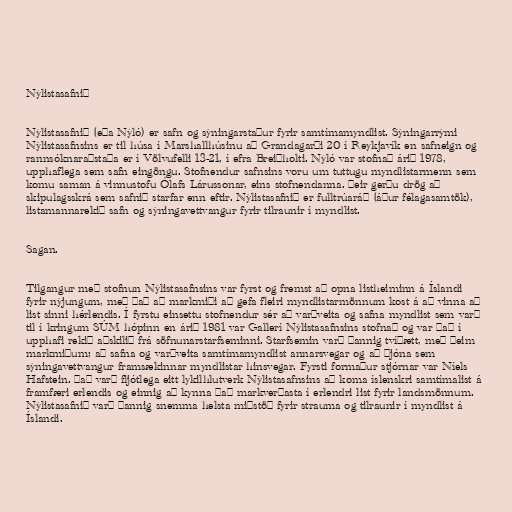
Nýlistasafnið

Nýlistasafnið (eða Nýló) er safn og sýningarstaður fyrir samtímamyndlist. Sýningarrými
Nýlistasafnsins er til húsa í Marshallhúsinu að Grandagarði 20 í Reykjavík en safneign og
rannsóknaraðstaða er í Völvufelli 13-21, í efra Breiðholti. Nýló var stofnað árið 1978,
upphaflega sem safn eingöngu. Stofnendur safnsins voru um tuttugu myndlistarmenn sem
komu saman á vinnustofu Ólafs Lárussonar, eins stofnendanna. Þeir gerðu drög að
skipulagsskrá sem safnið starfar enn eftir. Nýlistasafnið er fulltrúaráð (áður félagasamtök),
listamannarekið safn og sýningavettvangur fyrir tilraunir í myndlist.

Sagan.

Tilgangur með stofnun Nýlistasafnsins var fyrst og fremst að opna listheiminn á Íslandi
fyrir nýjungum, með það að markmiði að gefa fleiri myndlistarmönnum kost á að vinna að
list sinni hérlendis. Í fyrstu einsettu stofnendur sér að varðveita og safna myndlist sem varð
til í kringum SÚM hópinn en árið 1981 var Gallerí Nýlistasafnsins stofnað og var það í
upphafi rekið aðskilið frá söfnunarstarfseminni. Starfsemin varð þannig tvíþætt, með þeim
markmiðum; að safna og varðveita samtímamyndlist annarsvegar og að þjóna sem
sýningavettvangur framsækinnar myndlistar hinsvegar. Fyrsti formaður stjórnar var Níels
Hafstein. Það varð fljótlega eitt lykilhlutverk Nýlistasafnsins að koma íslenskri samtímalist á
framfæri erlendis og einnig að kynna það markverðasta í erlendri list fyrir landsmönnum.
Nýlistasafnið varð þannig snemma helsta miðstöð fyrir strauma og tilraunir í myndlist á
Íslandi.